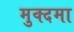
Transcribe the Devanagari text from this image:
मुक्दमा